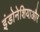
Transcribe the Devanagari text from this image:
इंडोनेशियाऔर